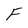
Character: F